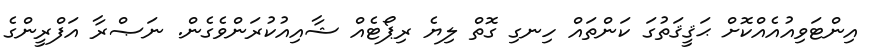
އިންޓަވިއުއެއްކޮށް ޙަޤީޤަތުގަ ކަންތައް ހިނގި ގޮތް ލިޔެ ރިޕޯޓެއް ޝާއިއުކުރަންވެގެން. ނަޞްރާ އަފްރީންގެ